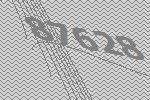
87628